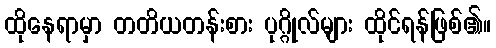
ထိုနေရာမှာ တတိယတန်းစား ပုဂ္ဂိုလ်များ ထိုင်ရန်ဖြစ်၏။